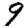
Digit: 9